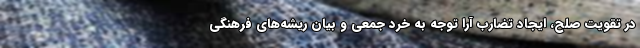
در تقویت صلح، ایجاد تضارب آرا توجه به خرد جمعی و بیان ریشه‌های فرهنگی